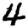
Digit: 4